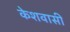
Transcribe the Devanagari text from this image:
केशवासी